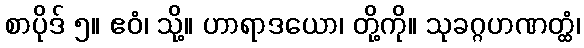
စာပိုဒ် ၅။ ဧဝံ၊ သို့။ ဟာရာဒယော၊ တို့ကို။ သုခဂ္ဂဟဏတ္ထံ၊